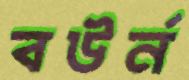
বউর্ন